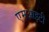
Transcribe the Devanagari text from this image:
एमआइटी